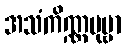
အသံကိဏ္ဏပုဗ္ဗာ